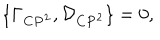
\{ { \Gamma } _ { { \bf C } { \bf P } ^ { 2 } } , { \cal D } _ { { \bf C } { \bf P } ^ { 2 } } \} = 0 ,